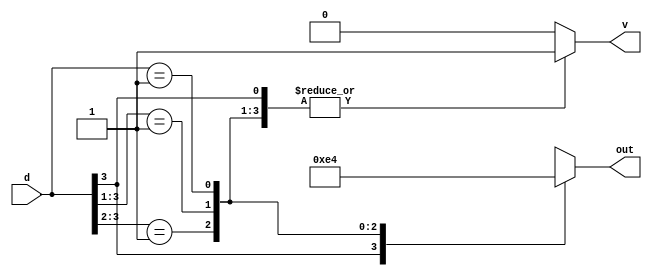
`timescale 1ns / 1ps
//////////////////////////////////////////////////////////////////////////////////
// Company: 
// Engineer: 
// 
// Design Name: 
// Module Name: priority_encoder_casex
// Project Name: 
// Target Devices: 
// Tool Versions: 
// Description: 
// 
// Dependencies: 
// 
// Revision:
// Revision 0.01 - File Created
// Additional Comments:
// 
//////////////////////////////////////////////////////////////////////////////////
//By Vedant A Sontake(B20EE095)
//Lab-5:Work 3. Write a program to implement a 4 line to 2 line priority encoder using
//a. Casex statements b. For loop

module priority_encoder_casex(d,out,v);
input [3:0]d;
output reg v;
output reg [1:0]out;
always@(d)
    begin
        v=1;
        casex(d)
            4'b1XXX : out=2'b11;
            4'b01XX : out=2'b10;
            4'b001X : out=2'b01;
            4'b0001 : out=2'b00;
            default : 
             begin 
                v=0;
                out=2'bXX;
             end
        endcase
     end
endmodule